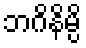
ဘဂိနိမ္ပိ